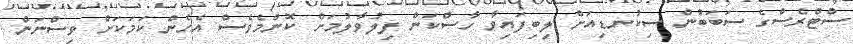
ސްޓްރެސްގެ ސަބަބުން ސިކުނޑިއަށް ލިބިފައިވާ ހާސްކަން ފިލުވާލުމަށް ކޮންމެވެސް އެހެން ކަމަކަށް ވިސްނަން